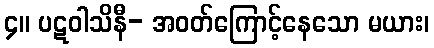
၄။ ပဋဝါသိနီ- အဝတ်ကြောင့်နေသော မယား၊